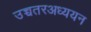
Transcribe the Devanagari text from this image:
उच्चतरअध्ययन